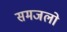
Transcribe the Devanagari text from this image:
समजलो